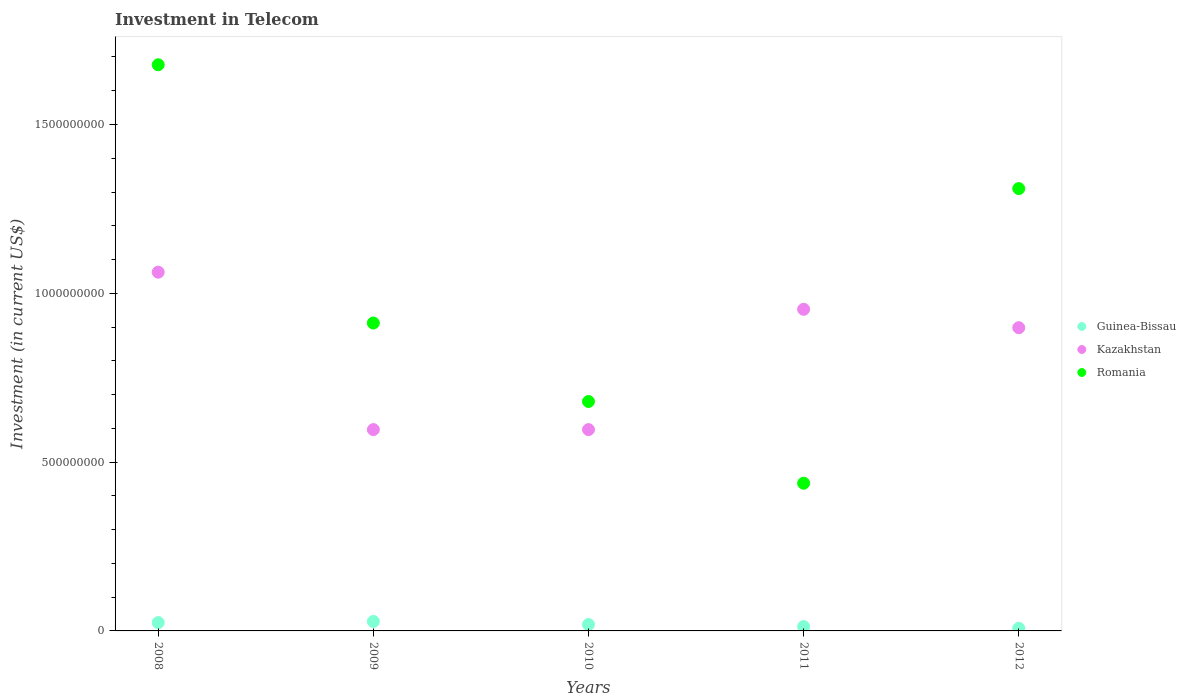
| Years | Guinea-Bissau | Kazakhstan | Romania |
 | --- | --- | --- | --- |
 | 2008 | 2.47e+07 | 1.06e+09 | 1.68e+09 |
 | 2009 | 2.8e+07 | 5.96e+08 | 9.12e+08 |
 | 2010 | 1.9e+07 | 5.96e+08 | 6.8e+08 |
 | 2011 | 1.28e+07 | 9.53e+08 | 4.38e+08 |
 | 2012 | 7.8e+06 | 8.98e+08 | 1.31e+09 |